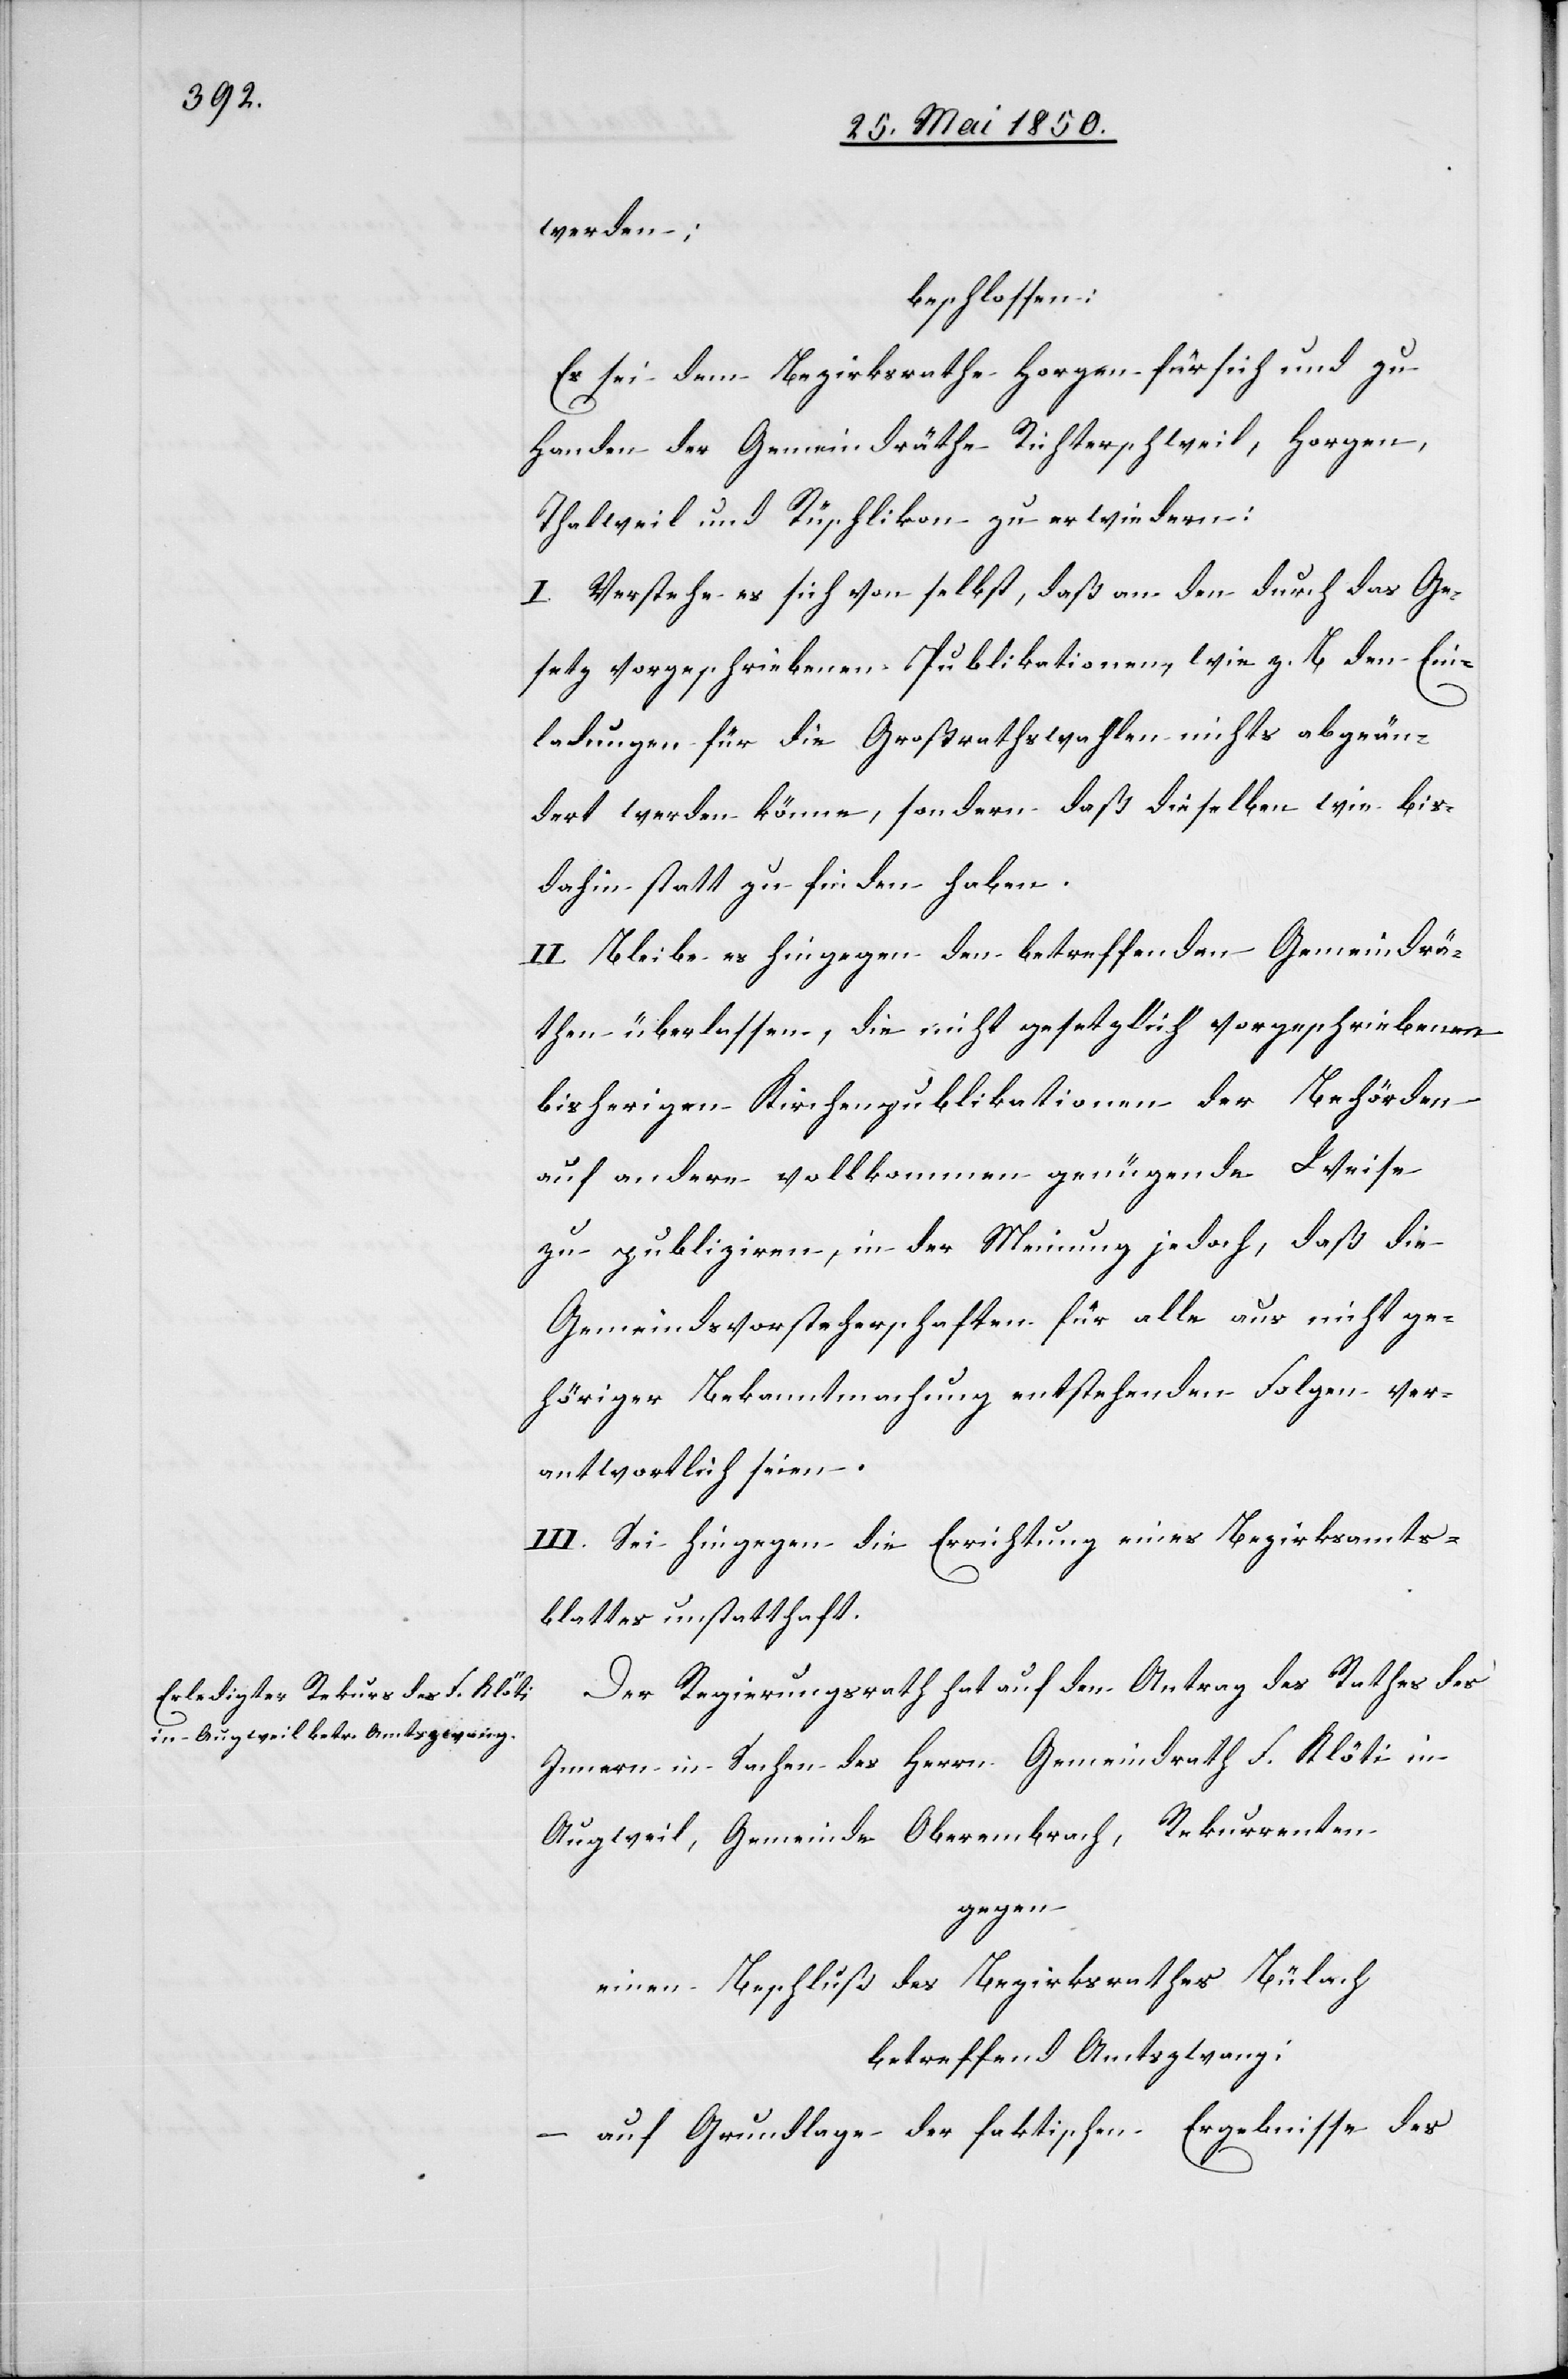
werden;
beschlossen:
Es sei dem Bezirksrathe Horgen für sich und zu
Handen der Gemeindräthe Richterschweil, Horgen,
Thalweil und Rüschlikon zu erwiedern:
I. Verstehe es sich von selbst, daß an den durch das Ge¬
setz vorgeschriebenen Publikationen, wie z. B. den Ein¬
ladungen für die Großrathswahlen nichts abgeän¬
dert werden könne, sondern daß dieselben wie bis¬
dahin statt zu finden haben.
II. Bleibe es hingegen den betreffenden Gemeindrä¬
then überlassen, die nicht gesetzlich vorgeschriebenen
bisherigen Kirchenpublikationen der Behörden
auf andere vollkommen genügende Weise
zu publiziren, in der Meinung jedoch, daß die
Gemeindsvorsteherschaften für alle aus nicht ge¬
höriger Bekanntmachung entstehenden Folgen ver¬
antwortlich seien.
III. Sei hingegen die Errichtung eines Bezirksamts¬
blattes unstatthaft.
Der Regierungsrath hat auf den Antrag des Rathes des
Innern in Sachen des Herrn Gemeindrath F. Klöti in
Augweil, Gemeinde Oberembrach, Rekurrenten
gegen
einen Beschluß des Bezirksrathes Bülach
betreffend Amtszwang:
auf Grundlage der faktischen Ergebnisse des